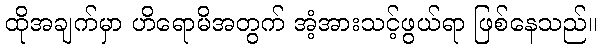
ထိုအချက်မှာ ဟိရောမိအတွက် အံ့အားသင့်ဖွယ်ရာ ဖြစ်နေသည်။